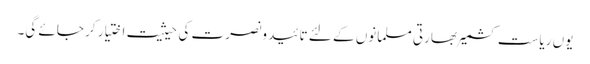
یوں ریاست کشمیر بھارتی مسلمانوں کے لئے تائید ونصرت کی حیثیت اختیار کر جائے گی۔